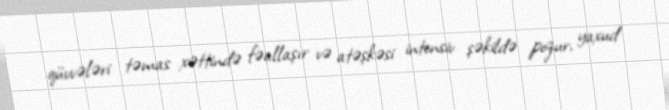
qüvvələri təmas xəttində fəallaşır və atəşkəsi intensiv şəkildə pozur, yaxud